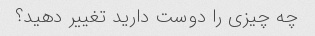
چه چیزی را دوست دارید تغییر دهید؟